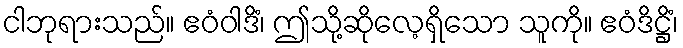
ငါဘုရားသည်။ ဧဝံဝါဒိံ၊ ဤသို့ဆိုလေ့ရှိသော သူကို။ ဧဝံဒိဋ္ဌိံ၊